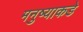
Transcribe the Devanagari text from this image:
मनुष्याकडे